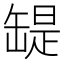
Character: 𦉁